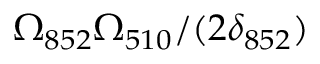
\Omega _ { 8 5 2 } \Omega _ { 5 1 0 } / ( 2 \delta _ { 8 5 2 } )